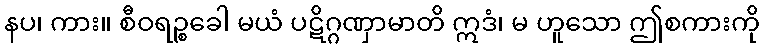
နပ၊ ကား။ စီဝရဉ္စခေါ မယံ ပဋိဂ္ဂဏှာမာတိ ဣဒံ၊ မ ဟူသော ဤစကားကို